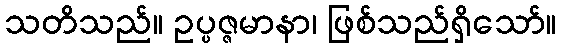
သတိသည်။ ဥပ္ပဇ္ဇမာနာ၊ ဖြစ်သည်ရှိသော်။